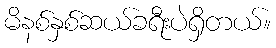
မိနစ်နှစ်ဆယ်ခရီးပဲရှိတယ်။